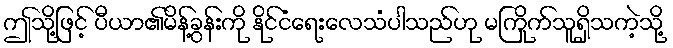
ဤသို့ဖြင့် ပီယာ၏မိန့်ခွန်းကို နိုင်ငံရေးလေသံပါသည်ဟု မကြိုက်သူရှိသကဲ့သို့